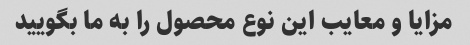
مزایا و معایب این نوع محصول را به ما بگویید